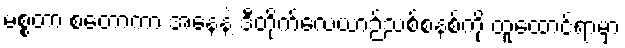
မစ္စတာ စတော့ကာ အနေနဲ့ ဒီတိုက်လေယာဉ်သစ်စနစ်ကို ထူထောင်ရာမှာ